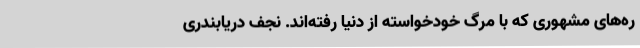
ره‌های مشهوری که با مرگ خودخواسته از دنیا رفته‌اند. نجف دریابندری